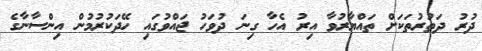
ދުރު ދަތުރުތަކަށް ތައްޔާރުވާ އިރު އެހާ ގިނަ ދުވަހު ޖައްވުގައި ހޭދަކުރުމުން އިންސާނާގެ